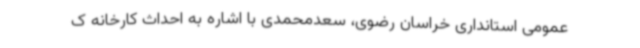
عمومی استانداری خراسان رضوی، سعدمحمدی با اشاره به احداث کارخانه ک